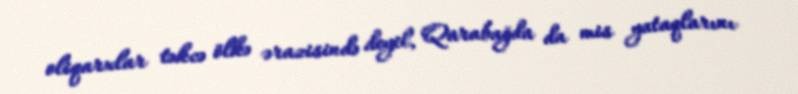
oliqarxlar təkcə ölkə ərazisində deyil, Qarabağda da mis yataqlarını